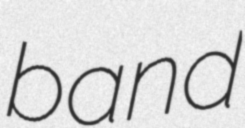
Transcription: band